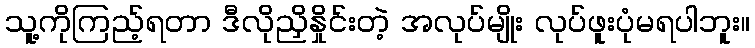
သူ့ကိုကြည့်ရတာ ဒီလိုညှိနှိုင်းတဲ့ အလုပ်မျိုး လုပ်ဖူးပုံမရပါဘူး။